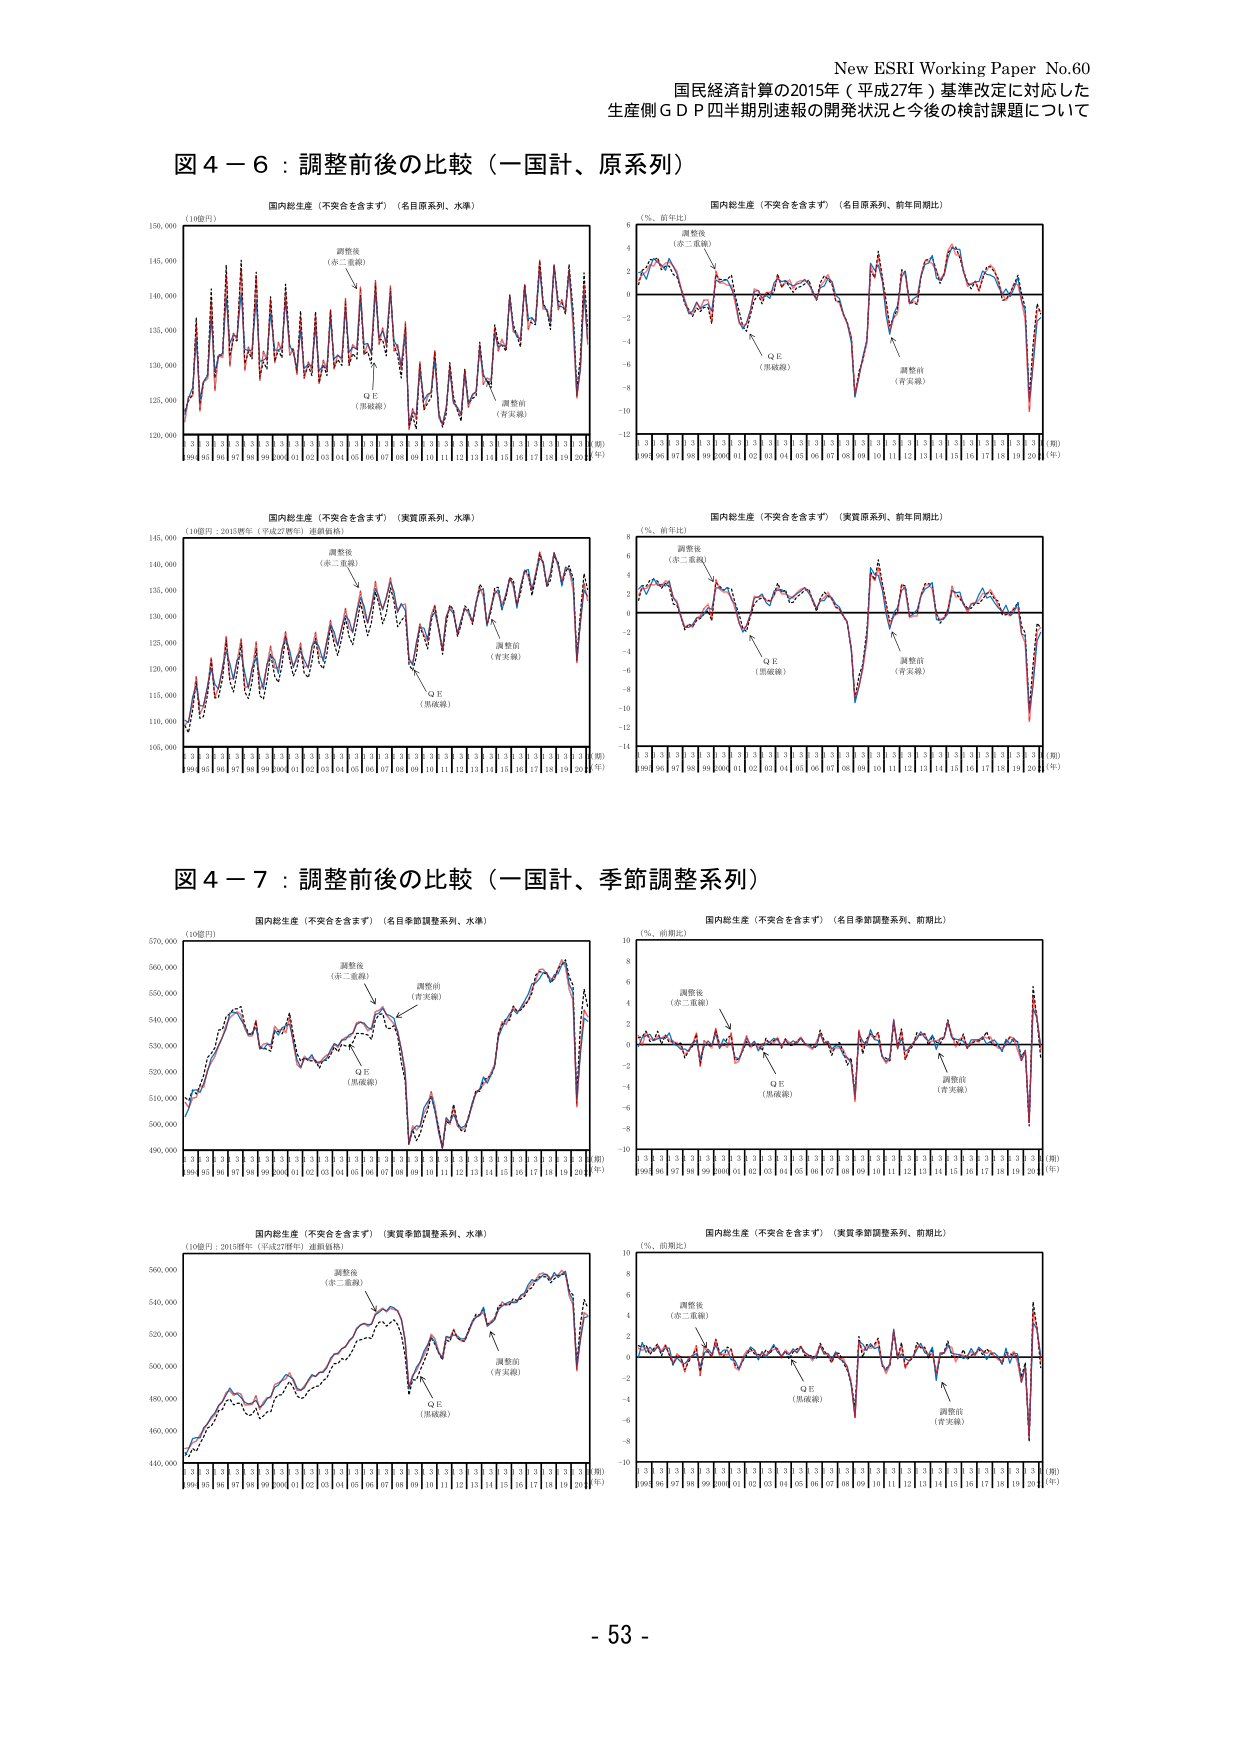
New ESRI Working Paper No.60
国民経済計算の2015年（平成27年）基準改定に対応した
生産側ＧＤＰ四半期別速報の開発状況と今後の検討課題について

図４－６：調整前後の比較（一国計、原系列）

国内総生産（不突合を含まず）（名目原系列、水準）
（10億円）
調整後（赤二重線）
ＱＥ（黒破線）
調整前（青実線）
99 00 01 02 03 04 05 06 07 08 09 10 11 12 13 14 15 16 17 18 19 20（期）
（年）

国内総生産（不突合を含まず）（名目原系列、前年同期比）
（％、前年比）
調整後（赤二重線）
ＱＥ（黒破線）
調整前（青実線）
99 00 01 02 03 04 05 06 07 08 09 10 11 12 13 14 15 16 17 18 19 20（期）
（年）

国内総生産（不突合を含まず）（実質原系列、水準）
（10億円：2015年（平成27年）連鎖価格）
調整後（赤二重線）
ＱＥ（黒破線）
調整前（青実線）
99 00 01 02 03 04 05 06 07 08 09 10 11 12 13 14 15 16 17 18 19 20（期）
（年）

国内総生産（不突合を含まず）（実質原系列、前年同期比）
（％、前年比）
調整後（赤二重線）
ＱＥ（黒破線）
調整前（青実線）
99 00 01 02 03 04 05 06 07 08 09 10 11 12 13 14 15 16 17 18 19 20（期）
（年）

図４－７：調整前後の比較（一国計、季節調整系列）

国内総生産（不突合を含まず）（名目季節調整系列、水準）
（10億円）
調整後（赤二重線）
調整前（青実線）
ＱＥ（黒破線）
99 00 01 02 03 04 05 06 07 08 09 10 11 12 13 14 15 16 17 18 19 20（期）
（年）

国内総生産（不突合を含まず）（名目季節調整系列、前期比）
（％、前期比）
調整後（赤二重線）
ＱＥ（黒破線）
調整前（青実線）
99 00 01 02 03 04 05 06 07 08 09 10 11 12 13 14 15 16 17 18 19 20（期）
（年）

国内総生産（不突合を含まず）（実質季節調整系列、水準）
（10億円：2015年（平成27年）連鎖価格）
調整後（赤二重線）
調整前（青実線）
ＱＥ（黒破線）
99 00 01 02 03 04 05 06 07 08 09 10 11 12 13 14 15 16 17 18 19 20（期）
（年）

国内総生産（不突合を含まず）（実質季節調整系列、前期比）
（％、前期比）
調整後（赤二重線）
ＱＥ（黒破線）
調整前（青実線）
99 00 01 02 03 04 05 06 07 08 09 10 11 12 13 14 15 16 17 18 19 20（期）
（年）

- 53 -